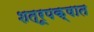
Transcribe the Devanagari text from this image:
शत्रूपक्षात